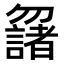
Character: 𠤌